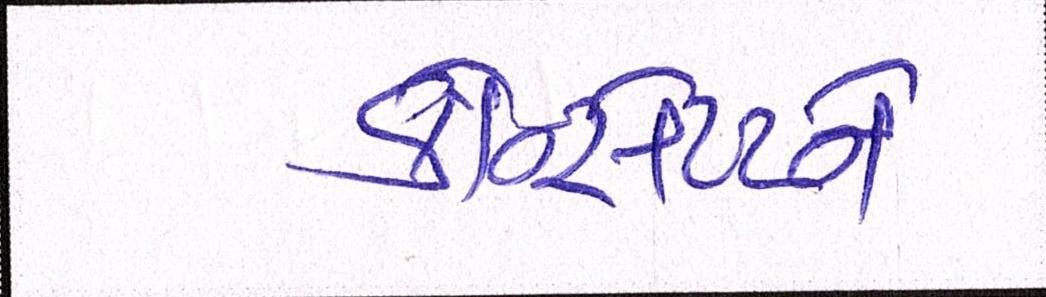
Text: કોન્સેપ્ટને